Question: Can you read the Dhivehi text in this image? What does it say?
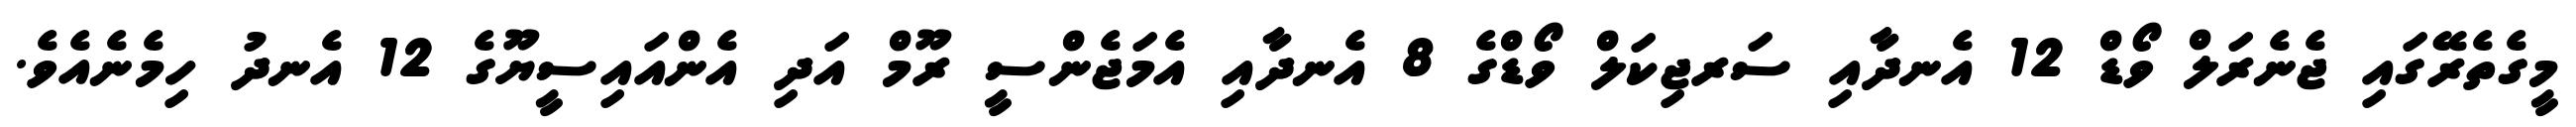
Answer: މީގެތެރޭގައި ޖެނެރަލް ވޯޑް 12 އެނދާއި ސަރޖިކަލް ވޯޑްގެ 8 އެނދާއި އެމަޖެންސީ ރޫމް އަދި އެންއައިސީޔޫގެ 12 އެނދު ހިމެނެއެވެ.